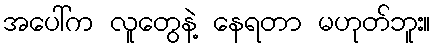
အပေါ်က လူတွေနဲ့ နေရတာ မဟုတ်ဘူး။